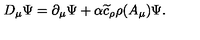
D _ { \mu } \Psi = \partial _ { \mu } \Psi + \alpha \widetilde { c } _ { \rho } \rho ( A _ { \mu } ) \Psi .